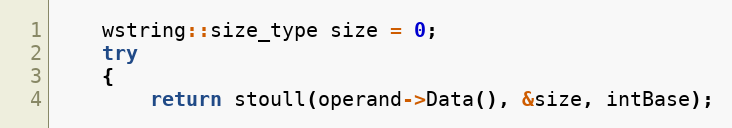
Language: C++
    wstring::size_type size = 0;
    try
    {
        return stoull(operand->Data(), &size, intBase);